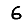
Digit: 6